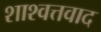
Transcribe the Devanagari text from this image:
शाश्वत्तवाद